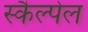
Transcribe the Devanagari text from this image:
स्कैल्पेल